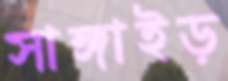
সাঙ্গাইড়